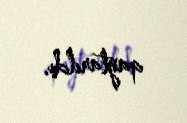
qaytarıldı.